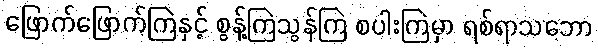
ဖြောက်ဖြောက်ကြဲနှင့် စွန့်ကြဲသွန်ကြဲ စပါးကြဲမှာ ရစ်ရာသဘော